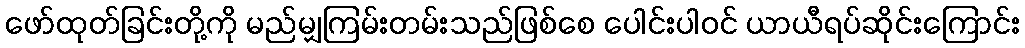
ဖော်ထုတ်ခြင်းတို့ကို မည်မျှကြမ်းတမ်းသည်ဖြစ်စေ ပေါင်းပါဝင် ယာယီရပ်ဆိုင်းကြောင်း